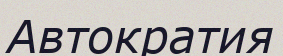
Автократия